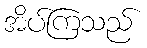
အိပ်ကြသည်